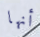
أنها